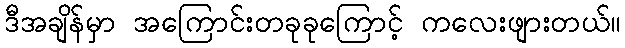
ဒီအချိန်မှာ အကြောင်းတခုခုကြောင့် ကလေးဖျားတယ်။